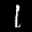
Label: 1